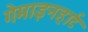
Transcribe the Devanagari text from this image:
गेमाइनहार्ट